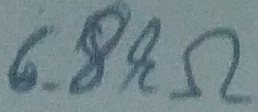
Text: 6.8kΩ